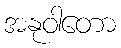
အနုဝါတော